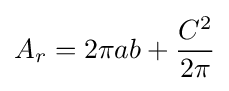
A_{r}=2\pi ab+{\frac {C^{2}}{2\pi }}